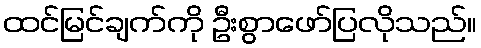
ထင်မြင်ချက်ကို ဦးစွာဖော်ပြလိုသည်။